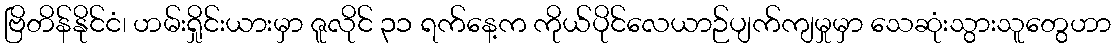
ဗြိတိန်နိုင်ငံ၊ ဟမ်းရှိုင်းယားမှာ ဇူလိုင် ၃၁ ရက်နေ့က ကိုယ်ပိုင်လေယာဉ်ပျက်ကျမှုမှာ သေဆုံးသွားသူတွေဟာ